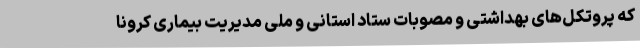
که پروتکل‌های بهداشتی و مصوبات ستاد استانی و ملی مدیریت بیماری کرونا